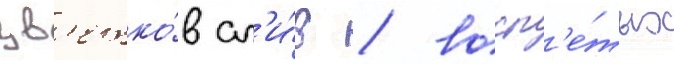
цв'етко́в сл'и́в / восп'е́тых